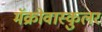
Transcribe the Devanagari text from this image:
मॅक्रोवास्कुलर